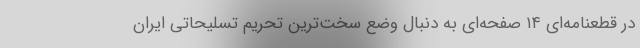
در قطعنامه‌ای ۱۴ صفحه‌ای به دنبال وضع سخت‌ترین تحریم تسلیحاتی ایران